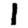
Digit: 1